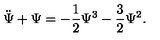
\ddot { \Psi } + \Psi = - \frac { 1 } { 2 } \Psi ^ { 3 } - \frac { 3 } { 2 } \Psi ^ { 2 } .